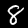
Label: 8